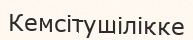
Кемсітушілікке